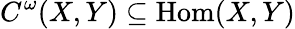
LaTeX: C^{\omega}(X,Y)\subseteq{\mathrm{Hom}}(X,Y)